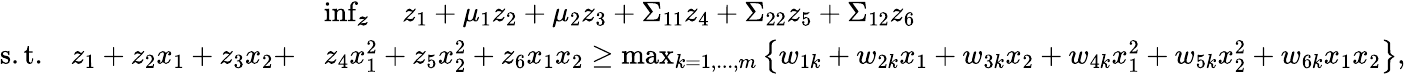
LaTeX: \begin{array}{rl}&{\operatorname*{inf}_{\boldsymbol{z}}\quad z_{1}+\mu_{1}z_{2}+\mu_{2}z_{3}+\Sigma_{11}z_{4}+\Sigma_{22}z_{5}+\Sigma_{12}z_{6}}\\ {\mathrm{s.t.}\quad z_{1}+z_{2}x_{1}+z_{3}x_{2}+}&{z_{4}x_{1}^{2}+z_{5}x_{2}^{2}+z_{6}x_{1}x_{2}\geq\operatorname*{max}_{k=1,...,m}\left\{ w_{1k}+w_{2k}x_{1}+w_{3k}x_{2}+w_{4k}x_{1}^{2}+w_{5k}x_{2}^{2}+w_{6k}x_{1}x_{2}\right\} ,}\end{array}